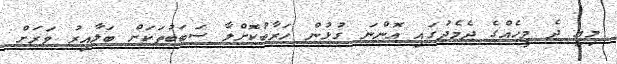
މިއީ ދެ މީހެއްގެ ދެމެދުގައި އޮންނަ ގުޅުން ހަރާބުކޮށްލާ ސަބަބުތަކަށް ބަލާއިރު ވަރަށް